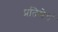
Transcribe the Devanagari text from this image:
प्रतिमेचं